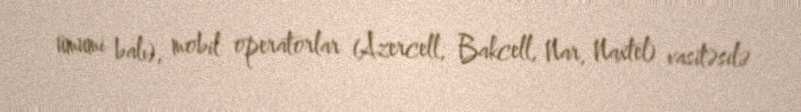
ümumi balı), mobil operatorlar (Azercell, Bakcell, Nar, Naxtel) vasitəsilə